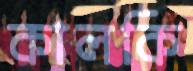
কালকি